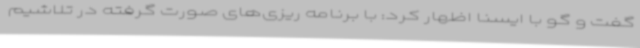
گفت و گو با ایسنا اظهار کرد: با برنامه ریزی‌های صورت گرفته در تلاشیم